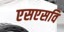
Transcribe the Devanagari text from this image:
एसएसवि